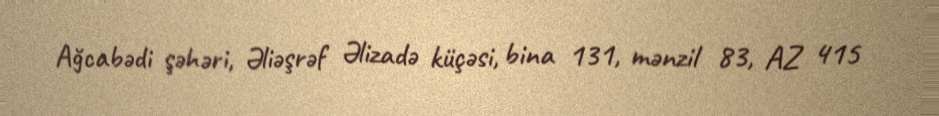
Ağcabədi şəhəri, Əliəşrəf Əlizadə küçəsi, bina 131, mənzil 83, AZ 415